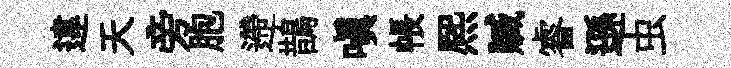
違天旁胞遰鵲嗔帳熈贓睿遜虫